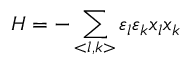
H = - \sum _ { < l , k > } \varepsilon _ { l } \varepsilon _ { k } x _ { l } x _ { k }